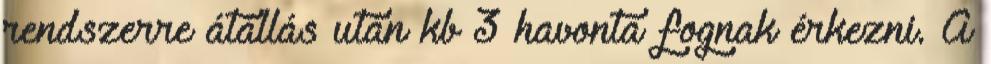
rendszerre átállás után kb 3 havonta fognak érkezni. A